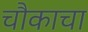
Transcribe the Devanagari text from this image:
चौकाचा